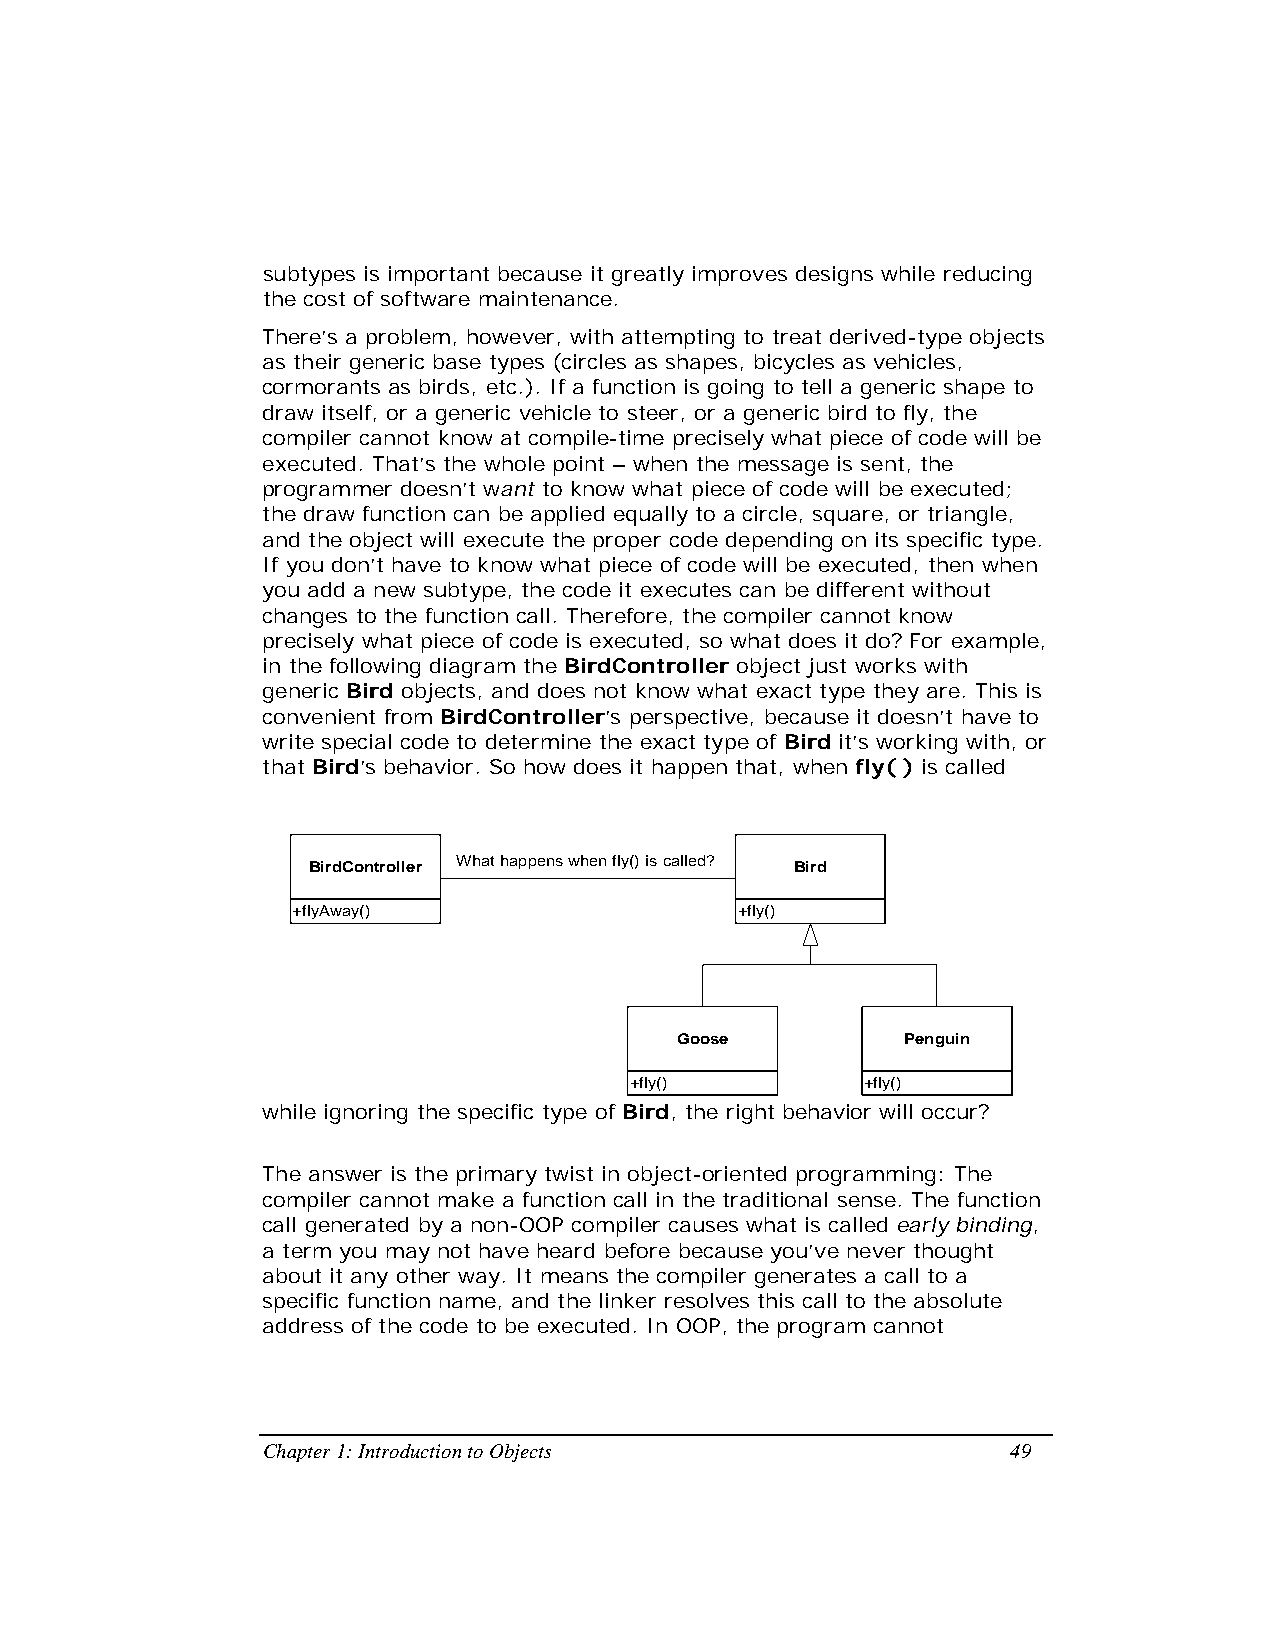
subtypes is important because it greatly improves designs while reducing
 the cost of software maintenance.
 There’s a problem, however, with attempting to treat derived-type objects
 as their generic base types (circles as shapes, bicycles as vehicles,
 cormorants as birds, etc.). If a function is going to tell a generic shape to
 draw itself, or a generic vehicle to steer, or a generic bird to fly, the
 compiler cannot know at compile-time precisely what piece of code will be
 executed. That’s the whole point – when the message is sent, the
 programmer doesn’t want to know what piece of code will be executed;
 the draw function can be applied equally to a circle, square, or triangle,
 and the object will execute the proper code depending on its specific type.
 If you don’t have to know what piece of code will be executed, then when
 you add a new subtype, the code it executes can be different without
 changes to the function call. Therefore, the compiler cannot know
 precisely what piece of code is executed, so what does it do? For example,
 in the following diagram the BirdController object just works with
 generic Bird objects, and does not know what exact type they are. This is
 convenient from BirdController’s perspective, because it doesn’t have to
 write special code to determine the exact type of Bird it’s working with, or
 that Bird’s behavior. So how does it happen that, when fly( ) is called
 BirdController What happens when fly() is called? Bird
 +flyAway()                    +fly()
 Goose          Penguin
 +fly()         +fly()
 while ignoring the specific type of Bird, the right behavior will occur?
 The answer is the primary twist in object-oriented programming: The
 compiler cannot make a function call in the traditional sense. The function
 call generated by a non-OOP compiler causes what is called early binding,
 a term you may not have heard before because you’ve never thought
 about it any other way. It means the compiler generates a call to a
 specific function name, and the linker resolves this call to the absolute
 address of the code to be executed. In OOP, the program cannot
 Chapter 1: Introduction to Objects                49